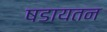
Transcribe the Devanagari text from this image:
षडायतन